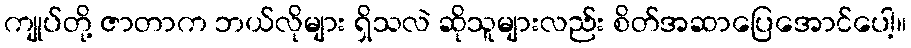
ကျုပ်တို့ ဇာတာက ဘယ်လိုများ ရှိသလဲ ဆိုသူများလည်း စိတ်အဆာပြေအောင်ပေါ့။